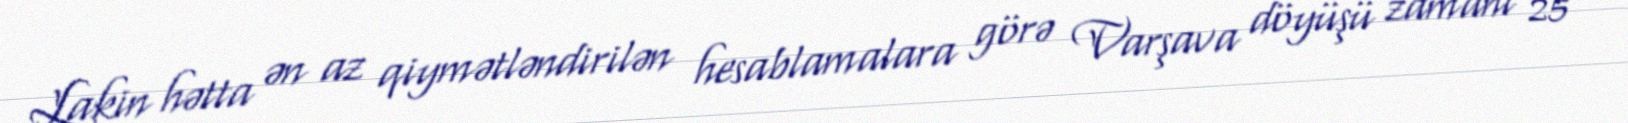
Lakin hətta ən az qiymətləndirilən hesablamalara görə Varşava döyüşü zamanı 25